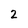
Character: 2